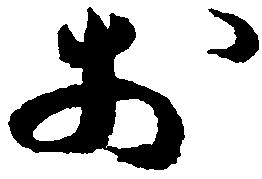
於